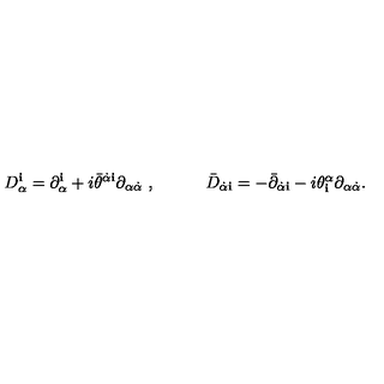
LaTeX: D _ { \alpha } ^ { \mathbf i } = \partial _ { \alpha } ^ { \mathbf i } + i { \bar { \theta } } ^ { \dot { \alpha } { \mathbf i } } \partial _ { \alpha \dot { \alpha } } \ , \qquad \quad { \bar { D } } _ { \dot { \alpha } { \mathbf i } } = - { \bar { \partial } } _ { \dot { \alpha } { \mathbf i } } - i { \theta } _ { \mathbf i } ^ { \alpha } \partial _ { \alpha \dot { \alpha } } .